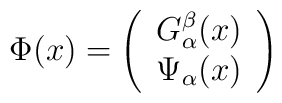
\Phi (x)=\left(\begin{array}{c}G_\alpha ^\beta (x) \\\Psi _\alpha (x)\end{array}\right)